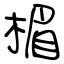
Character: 楣